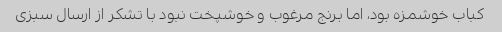
کباب خوشمزه بود، اما برنج مرغوب و خوشپخت نبود با تشکر از ارسال سبزی